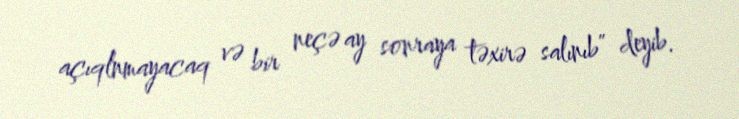
açıqlnmayacaq və bir neçə ay sonraya təxirə salınıb” deyib.